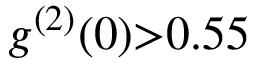
g ^ { ( 2 ) } ( 0 ) { > } 0 . 5 5